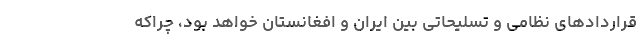
قرارداد‌های نظامی و تسلیحاتی بین ایران و افغانستان خواهد بود، چراکه